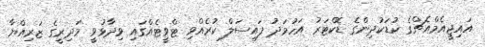
އައިޖީއެމްއެޗްގެ ކުޑަކުދިންގެ ޑޮކްޓަރު އަހުމަދު ފައިސަލް ކުރެއްވި ޓްވީޓެއްގައި ވިދާޅުވީ މަދިރީގެ ޒަރިއްޔާ